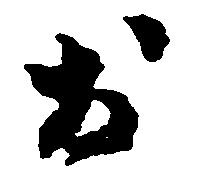
お